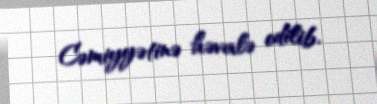
Cəmiyyətinə həvalə edilib.